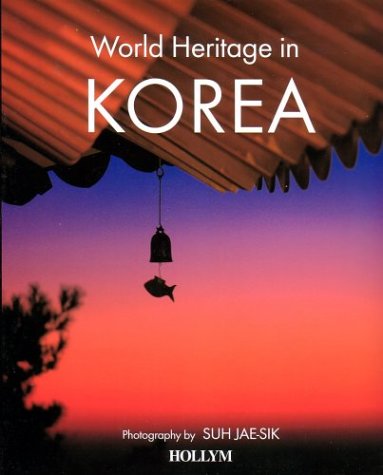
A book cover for World Heritage in Korea; Jai-Sik Suh; Travel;